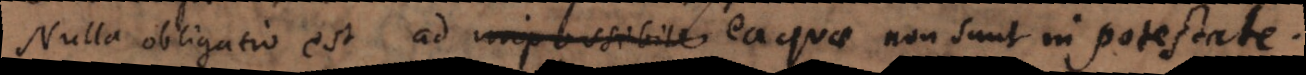
lla obligatio est ad impossibile ea quae non sunt in potestate.